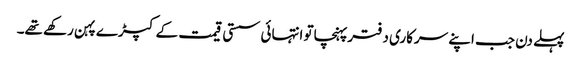
پہلے دن جب اپنے سرکاری دفترپہنچاتو انتہائی سستی قیمت کے کپڑے پہن رکھے تھے۔